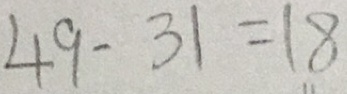
4 9 - 3 1 = 1 8